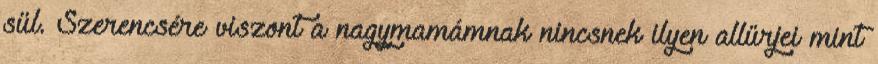
sül. Szerencsére viszont a nagymamámnak nincsnek ilyen allűrjei mint